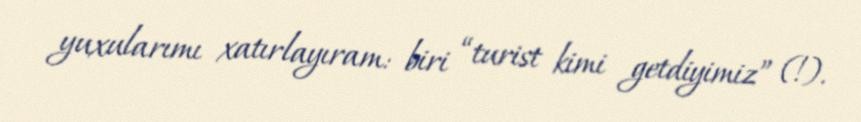
yuxularımı xatırlayıram: biri “turist kimi getdiyimiz” (!).